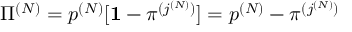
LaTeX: { \Pi } ^ { ( N ) } = p ^ { ( N ) } [ { \bf 1 } - { \pi } ^ { ( j ^ { ( N ) } ) } ] = p ^ { ( N ) } - { \pi } ^ { ( j ^ { ( N ) } ) }